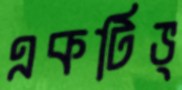
একটিভ্